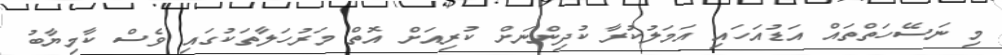
މި ނަސޭހަތްތައް އަޑުއަހައި އަމަލުކުރާ ކުދިންނަށް ކުރިއަށް އޮތް މަރުހަލާތަކުގައި ވެސް ކާމިޔާބު